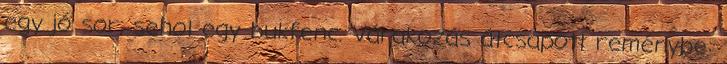
egy jó sor, sehol egy bukfenc. Várakozás átcsapott reménybe: